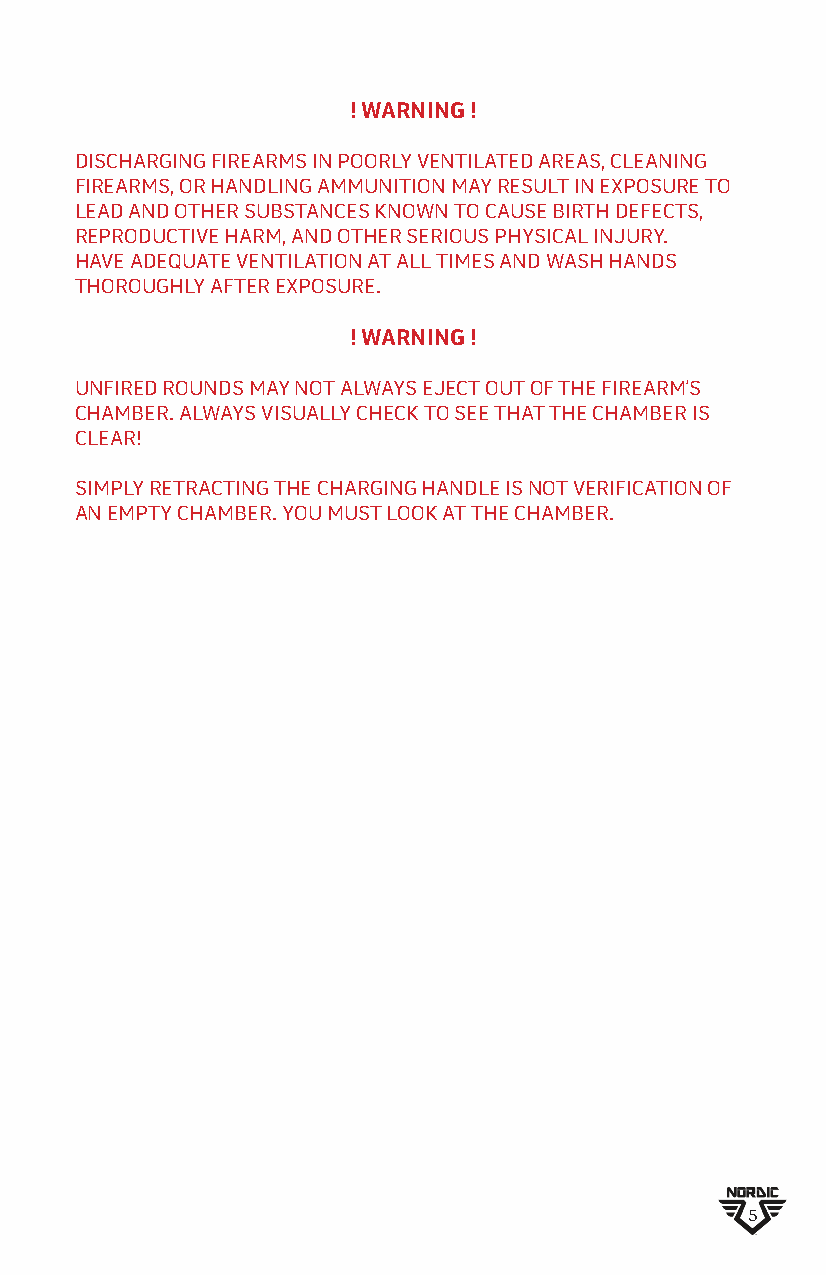
! WARNING !
 DISCHARGING FIREARMS IN POORLY VENTILATED AREAS, CLEANING
 FIREARMS, OR HANDLING AMMUNITION MAY RESULT IN EXPOSURE TO
 LEAD AND OTHER SUBSTANCES KNOWN TO CAUSE BIRTH DEFECTS,
 REPRODUCTIVE HARM, AND OTHER SERIOUS PHYSICAL INJURY.
 HAVE ADEQUATE VENTILATION AT ALL TIMES AND WASH HANDS
 THOROUGHLY AFTER EXPOSURE.
 ! WARNING !
 UNFIRED ROUNDS MAY NOT ALWAYS EJECT OUT OF THE FIREARM’S
 CHAMBER. ALWAYS VISUALLY CHECK TO SEE THAT THE CHAMBER IS
 CLEAR!
 SIMPLY RETRACTING THE CHARGING HANDLE IS NOT VERIFICATION OF
 AN EMPTY CHAMBER. YOU MUST LOOK AT THE CHAMBER.
 5